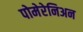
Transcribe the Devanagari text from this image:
पोमेरेनिअन